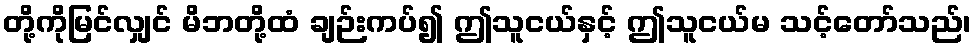
တို့ကိုမြင်လျှင် မိဘတို့ထံ ချဉ်းကပ်၍ ဤသူငယ်နှင့် ဤသူငယ်မ သင့်တော်သည်၊